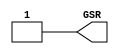
module GSR_2(output wire GSR);
	assign GSR = 1;
endmodule